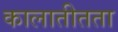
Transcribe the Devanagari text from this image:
कालातीतता